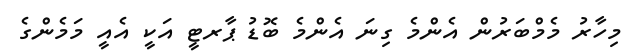
މިހާރު މެމްބަރުން އެންމެ ގިނަ އެންމެ ބޮޑު ޕާރޓީ އަކީ އެއީ މަމެންގެ